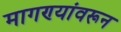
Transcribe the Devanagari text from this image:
मागण्यांवरून